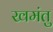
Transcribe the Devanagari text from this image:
खमंतु